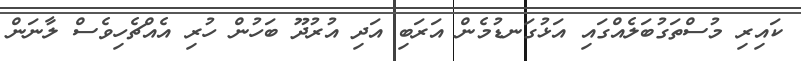
ކައިރި މުސްތަގުބަލެއްގައި އަޅުގަނޑުމެން އަރަބި އަދި އުރުދޫ ބަހުން ހުރި އެއްޗެހިވެސް ލާނަން